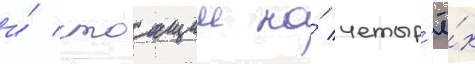
и́ стоащии на́ четыр'ё́х